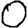
Digit: 0